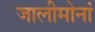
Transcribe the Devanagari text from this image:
जालीमोनां